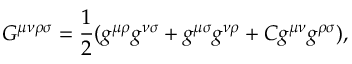
G ^ { \mu \nu \rho \sigma } = { { \frac { 1 } { 2 } } } ( g ^ { \mu \rho } g ^ { \nu \sigma } + g ^ { \mu \sigma } g ^ { \nu \rho } + C g ^ { \mu \nu } g ^ { \rho \sigma } ) ,